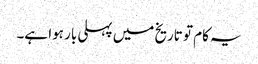
یہ کام تو تاریخ میں پہلی بار ہوا ہے۔